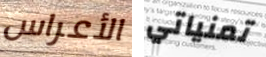
الأعراس تمنياتي